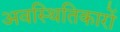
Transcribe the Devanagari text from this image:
अवस्थितिकारों